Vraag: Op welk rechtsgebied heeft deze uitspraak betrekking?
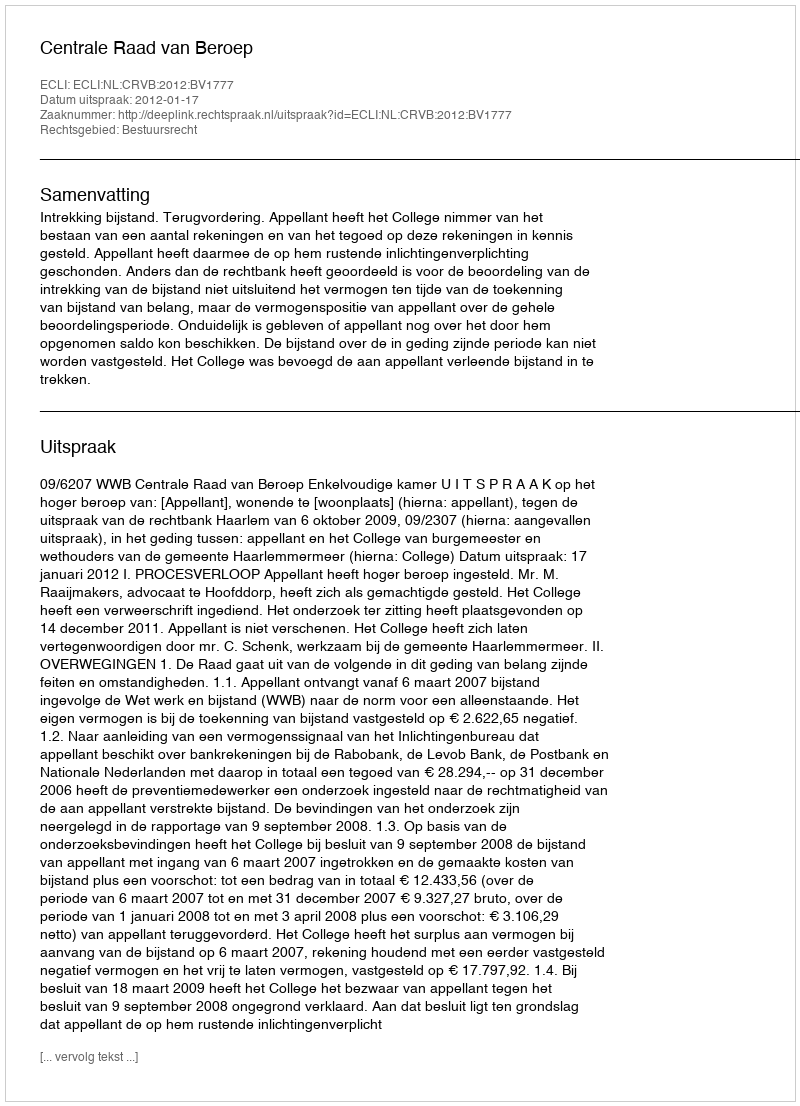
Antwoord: Bestuursrecht